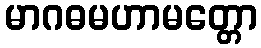
မာဂဓမဟာမတ္တော